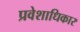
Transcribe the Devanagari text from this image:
प्रवेशाधिकार